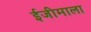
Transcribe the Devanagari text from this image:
ईजीमाला